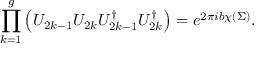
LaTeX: \prod _ { k = 1 } ^ { g } \left( { \cal U } _ { 2 k - 1 } { \cal U } _ { 2 k } { \cal U } _ { 2 k - 1 } ^ { \dagger } { \cal U } _ { 2 k } ^ { \dagger } \right) = e ^ { 2 \pi i b \chi ( \Sigma ) } .